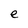
Character: e